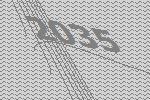
2035